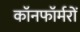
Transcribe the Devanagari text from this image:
कॉनफॉर्मरों